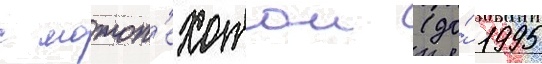
с мотоп'ехотои (до́ 1995